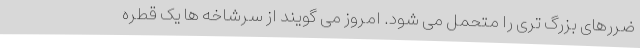
ضررهای بزرگ تری را متحمل می شود. امروز می گویند از سرشاخه ها یک قطره